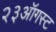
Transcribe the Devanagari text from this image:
२३ऑगस्ट